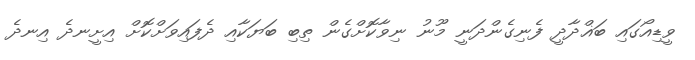
ވީޑިއޯގައި ބަޣްދާދީ ފެނިގެންދަނީ މޫނު ނިވާކޮށްގެން ތިބި ބަޔަކާއި ދެފައިވަށްކޮށް އިށީނދެ އިނދެ